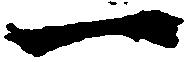
一